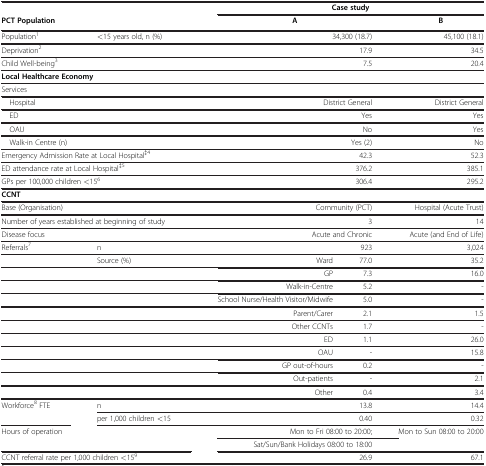
<table><thead><tr><td colspan="2"><b> </b></td><td colspan="3"><b>Case study</b></td></tr><tr><td colspan="2"><b>PCT Population</b></td><td colspan="2"><b>A</b></td><td><b>B</b></td></tr></thead><tbody><tr><td>Population<sup>1</sup></td><td>&lt;15 years old, n (%)</td><td colspan="2">34,300 (18.7)</td><td>45,100 (18.1)</td></tr><tr><td colspan="2">Deprivation<sup>2</sup></td><td colspan="2">17.9</td><td>34.5</td></tr><tr><td colspan="2">Child Well-being<sup>3</sup></td><td colspan="2">7.5</td><td>20.4</td></tr><tr><td colspan="2"><b>Local Healthcare Economy</b></td><td colspan="2"> </td><td> </td></tr><tr><td colspan="2">Services</td><td colspan="2"> </td><td> </td></tr><tr><td colspan="2"> Hospital</td><td colspan="2">District General</td><td>District General</td></tr><tr><td colspan="2"> ED</td><td colspan="2">Yes</td><td>Yes</td></tr><tr><td colspan="2"> OAU</td><td colspan="2">No</td><td>Yes</td></tr><tr><td colspan="2"> Walk-in Centre (n)</td><td colspan="2">Yes (2)</td><td>No</td></tr><tr><td colspan="2">Emergency Admission Rate at Local Hospital<sup>‡4</sup></td><td colspan="2">42.3</td><td>52.3</td></tr><tr><td colspan="2">ED attendance rate at Local Hospital<sup>‡5</sup></td><td colspan="2">376.2</td><td>385.1</td></tr><tr><td colspan="2">GPs per 100,000 children &lt;15<sup>6</sup></td><td colspan="2">306.4</td><td>295.2</td></tr><tr><td colspan="2"><b>CCNT</b></td><td colspan="2"> </td><td> </td></tr><tr><td colspan="2">Base (Organisation)</td><td colspan="2">Community (PCT)</td><td>Hospital (Acute Trust)</td></tr><tr><td colspan="2">Number of years established at beginning of study</td><td colspan="2">3</td><td>14</td></tr><tr><td>Disease focus</td><td> </td><td colspan="2">Acute and Chronic</td><td>Acute (and End of Life)</td></tr><tr><td>Referrals<sup>7</sup></td><td>n</td><td colspan="2">923</td><td>3,024</td></tr><tr><td> </td><td>Source (%)</td><td>Ward</td><td>77.0</td><td>35.2</td></tr><tr><td> </td><td> </td><td>GP</td><td>7.3</td><td>16.0</td></tr><tr><td> </td><td> </td><td>Walk-in-Centre</td><td>5.2</td><td>-</td></tr><tr><td> </td><td> </td><td>School Nurse/Health Visitor/Midwife</td><td>5.0</td><td>-</td></tr><tr><td> </td><td> </td><td>Parent/Carer</td><td>2.1</td><td>1.5</td></tr><tr><td> </td><td> </td><td>Other CCNTs</td><td>1.7</td><td>-</td></tr><tr><td> </td><td> </td><td>ED</td><td>1.1</td><td>26.0</td></tr><tr><td> </td><td> </td><td>OAU</td><td>-</td><td>15.8</td></tr><tr><td> </td><td> </td><td>GP out-of-hours</td><td>0.2</td><td>-</td></tr><tr><td> </td><td> </td><td>Out-patients</td><td>-</td><td>2.1</td></tr><tr><td> </td><td> </td><td>Other</td><td>0.4</td><td>3.4</td></tr><tr><td>Workforce<sup>8</sup> FTE</td><td>n</td><td> </td><td>13.8</td><td>14.4</td></tr><tr><td> </td><td>per 1,000 children &lt;15</td><td> </td><td>0.40</td><td>0.32</td></tr><tr><td colspan="2">Hours of operation</td><td colspan="2">Mon to Fri 08:00 to 20:00;</td><td>Mon to Sun 08:00 to 20:00</td></tr><tr><td> </td><td> </td><td colspan="2">Sat/Sun/Bank Holidays 08:00 to 18:00</td><td> </td></tr><tr><td colspan="2">CCNT referral rate per 1,000 children &lt;15<sup>9</sup></td><td colspan="2">26.9</td><td>67.1</td></tr></tbody></table>